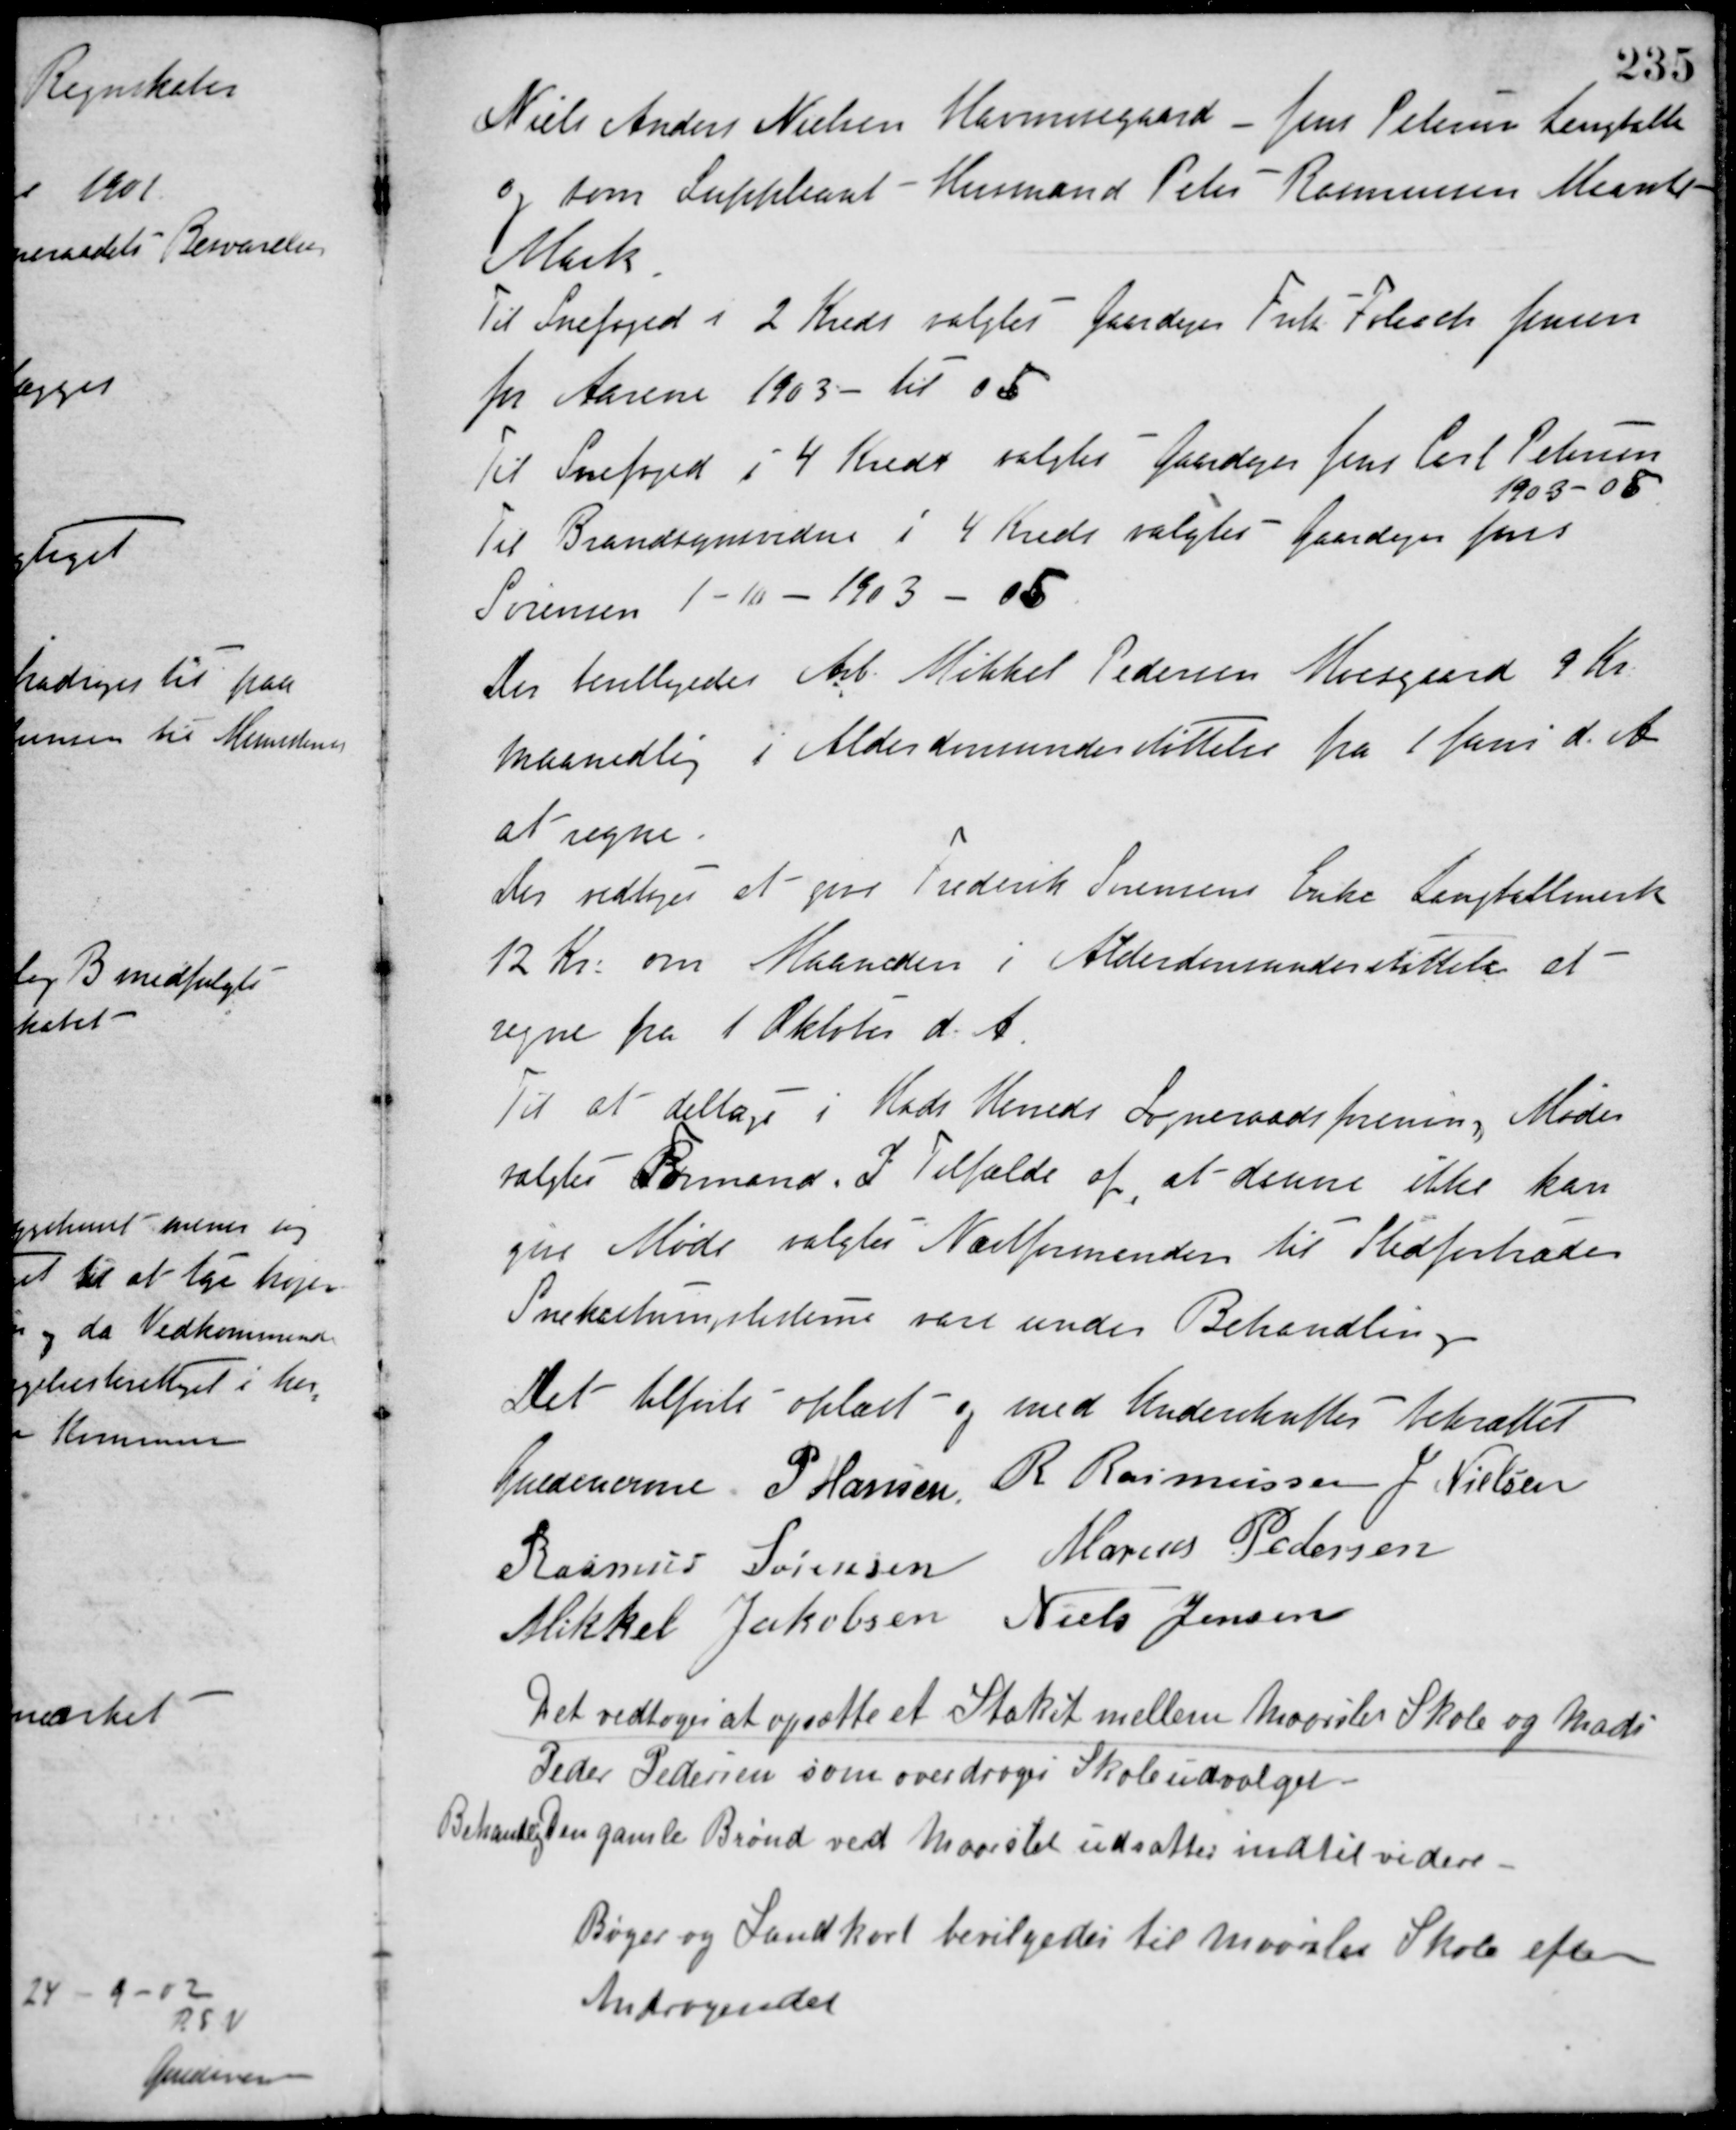
Transskription:
Niels Anders Nielsen Havmosegaard - Jens Petersen Langballe
og som Suppleant - Husmand Peter Rasmussen Maarslet
Mark.
Til Snefoged i 2 Kreds valgtes Gaardejer Frits Folisch Jensen
for Aarene 1903 - til 05.
Til Snefoged i 4 Kreds valgtes Gaardejer Jens Carl Petersen
1903-05.
Til Brandsynsvidne i 4 Kreds valgtes Gaardejer Jens
Sørensen 1 - 10 - 1903 - 05.
Der bevilligedes Arb. Mikkel Pedersen Moesgaard 9 Kr.
Maanedlig i Alderdomsunderstøttelse fra 1 Juni d. A.
at regne.
Der vedtoges at give Frederik Sørensens Enke Langballemark
12 Kr. om Maaneden i Alderdomsunderstøttelse at
regne fra 1 Oktober d. A.
Til at deltage i Hads Herreds Sogneraadsforenings Møde
valgtes Formand. I Tilfælde af, at denne ikke kan
give Møde valgtes Næstformanden til Stedfortræder
Snekastningslisterne vare under Behandling.
Det tilførte oplæst og med Underskrifter bekræftet
Guldencrone P. Hansen R. Rasmussen J. Nielsen
Rasmus Sørensen Marius Pedersen
Mikkel Jakobsen Niels Jensen
Det vedtoges at opsætte et Stakit mellem Maarslet Skole og Mads
Peder Pedersen som overdroges Skoleudvalget.
Behandling Den gamle Brønd ved Maarslet udsattes indtil videre.
Bøger og Landkort bevilgedes til Maarslet Skole efter
Andragendet.